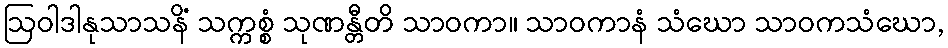
ဩဝါဒါနုသာသနိံ သက္ကစ္စံ သုဏန္တီတိ သာဝကာ။ သာဝကာနံ သံဃော သာဝကသံဃော,